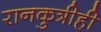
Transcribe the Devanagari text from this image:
रानकुत्रीही